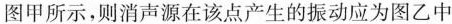
图甲所示，则消声源在该产生的振动应为图乙中